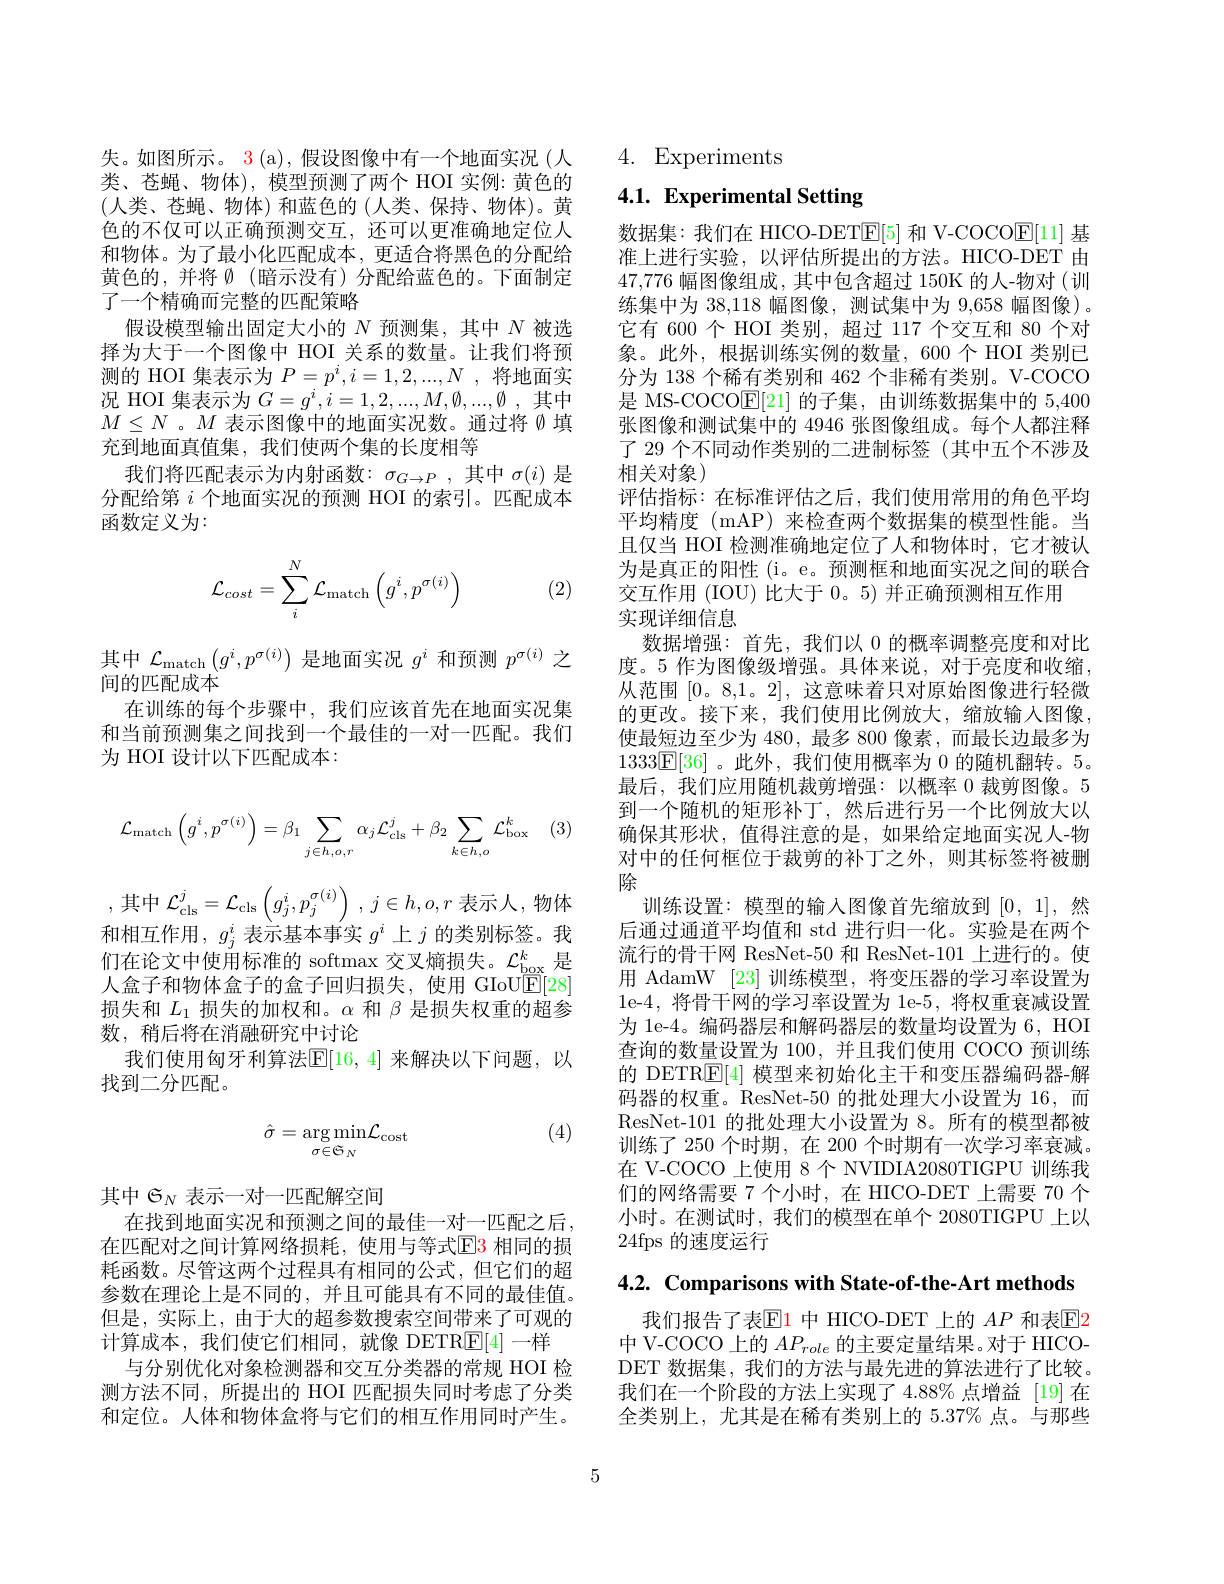
失。如图所示。3 (a), 假设图像中有一个地面实况 (人类、苍蝇、物体),模型预测了两个 HOI 实例：黄色的(人类、苍蝇、物体)和蓝色的(人类、保持、物体)。黄色的不仅可以正确预测交互，还可以更准确地定位人和物体。为了最小化匹配成本，更适合将黑色的分配给黄色的，并将$\emptyset$ (暗示没有)分配给蓝色的。下面制定了一个精确而完整的匹配策略
假设模型输出固定大小的$N$预测集，其中$N$被选择为大于一个图像中 HOI 关系的数量。让我们将预测的 HOI 集表示为$P=p^i,i=1,2,...,N$ ,将地面实况 HOI 集表示为$G=g^i,i=1,2,...,M,\emptyset,...,\emptyset$其中$M\leq N$ 。$M$表示图像中的地面实况数。通过将∅填充到地面真值集，我们使两个集的长度相等
我们将匹配表示为内射函数：$\sigma_G\to P$,其中$\sigma(i)$是分配给第$i$个地面实况的预测 HOI 的索引。匹配成本函数定义为：
$$\mathcal{L}_{cost}=\sum_i^N\mathcal{L}_{\text{match}}\left(g^i,p^{\sigma(i)}\right)$$
(2)

其中$\mathcal{L}_\mathrm{match}\left(g^i,p^{\sigma(i)}\right)$是地面实况$g^i$和预测$p^\sigma(i)$之
间的匹配成本
在训练的每个步骤中，我们应该首先在地面实况集和当前预测集之间找到一个最佳的一对一匹配。我们为 HOI 设计以下匹配成本：
$$\mathcal{L}_{\mathrm{match}}\left(g^i,p^{\sigma(i)}\right)=\beta_1\sum_{j\in h,o,r}\alpha_j\mathcal{L}_{\mathrm{cls}}^j+\beta_2\sum_{k\in h,o}\mathcal{L}_{\mathrm{box}}^k$$
,其中 $\mathcal{L} _\mathrm{cls}^j= \mathcal{L} _\mathrm{cls}\left ( g_{j}^{i}, p_{j}^{\sigma ( i) }\right )$ , $j\in h, o, r$ 表示人，物体和相互作用$,g_j^i$表示基本事实$g^i$上$j$的类别标签。我们在论文中使用标准的 softmax 交叉熵损失。$\mathcal{L}_\mathrm{box}^k$是人盒子和物体盒子的盒子回归损失，使用 GIoUE[28] 损失和$L_1$损失的加权和。$\alpha$和$\beta$是损失权重的超参数，稍后将在消融研究中讨论
我们使用匈牙利算法$\mathbb{E}[16,4]$ 来解决以下问题，以
找到二分匹配。

(4)
$$\hat{\sigma}=\underset{\sigma\in\mathfrak{S}_N}{\arg\min}\mathcal{L}_{\mathrm{cost}}$$
其中$\mathfrak{G}_N$表示一对一匹配解空间
在找到地面实况和预测之间的最佳一对一匹配之后， 在匹配对之间计算网络损耗，使用与等式$\color{red}{\mathrm{E3}}$相同的损耗函数。尽管这两个过程具有相同的公式，但它们的超参数在理论上是不同的，并且可能具有不同的最佳值。但是，实际上，由于大的超参数搜索空间带来了可观的计算成本，我们使它们相同，就像 DETR$\boxed{\mathrm{E}}[4]$一样
与分别优化对象检测器和交互分类器的常规 HOI 检测方法不同，所提出的 HOI 匹配损失同时考虑了分类和定位。人体和物体盒将与它们的相互作用同时产生。

4. Experiments

# 4.1. Experimental Setting

数据集：我们在 HICO-DET$\mathbb{E}[5]$和 V-COCO$\mathbb{E}[11]$基准上进行实验，以评估所提出的方法。HICO-DET 由47,776幅图像组成，其中包含超过 150K 的人-物对(训练集中为 38,118 幅图像，测试集中为 9,658 幅图像)。它有 600 个 HOI 类别，超过 117 个交互和 80 个对象。此外，根据训练实例的数量，600个 HOI 类别已分为 138 个稀有类别和 462 个非稀有类别。V-COCO 是 MS-COCOE[21]的子集，由训练数据集中的 5,400张图像和测试集中的 4946 张图像组成。每个人都注释了 29 个不同动作类别的二进制标签 (其中五个不涉及相关对象)
评估指标：在标准评估之后，我们使用常用的角色平均平均精度(mAP)来检查两个数据集的模型性能。当且仅当 HOI 检测准确地定位了人和物体时，它才被认为是真正的阳性 (i。e。预测框和地面实况之间的联合交互作用 (IOU) 比大于 0。5) 并正确预测相互作用
实现详细信息
数据增强：首先，我们以 0 的概率调整亮度和对比度。5 作为图像级增强。具体来说，对于亮度和收缩， 从范围[0。8,1。2],这意味着只对原始图像进行轻微的更改。接下来，我们使用比例放大，缩放输入图像， 使最短边至少为 480,最多 800 像素，而最长边最多为$1333\boxed{\mathbb{E}}[36]$。此外，我们使用概率为 0 的随机翻转。5。最后，我们应用随机裁剪增强：以概率 0 裁剪图像。5到一个随机的矩形补丁，然后进行另一个比例放大以确保其形状，值得注意的是，如果给定地面实况人-物对中的任何框位于裁剪的补丁之外，则其标签将被删除
训练设置：模型的输入图像首先缩放到[0,1],然后通过通道平均值和 std 进行归一化。实验是在两个流行的骨干网 ResNet-50 和 ResNet-101 上进行的。使用 AdamW [23] 训练模型，将变压器的学习率设置为1e-4,将骨干网的学习率设置为 le-5, 将权重衰减设置为 1e-4。编码器层和解码器层的数量均设置为 6, HOI 查询的数量设置为 100,并且我们使用 COCO 预训练的 DETR$\underline{\mathrm{E}}[4]$模型来初始化主干和变压器编码器-解码器的权重。ResNet-50 的批处理大小设置为 16,而ResNet-101 的批处理大小设置为 8。所有的模型都被训练了 250 个时期，在 200 个时期有一次学习率衰减。在 V-COCO 上使用 8 个 NVIDIA2080TIGPU 训练我们的网络需要 7 个小时，在 HICO-DET 上需要 70 个小时。在测试时，我们的模型在单个 2080TIGPU 上以24fps 的速度运行

$4. 2. \textbf{ Comparisons with State- of- the- Art methods}$

我们报告了表$\mathbb{E}$1 中 HICO-DET 上的 $AP$ 和表$\boxed{\mathrm{E}}$2中 V-COCO 上的$AP_{role}$的主要定量结果。对于 HICODET 数据集，我们的方法与最先进的算法进行了比较。我们在一个阶段的方法上实现了 4.88% 点增益 [19] 在全类别上，尤其是在稀有类别上的 5.37% 点。与那些

5